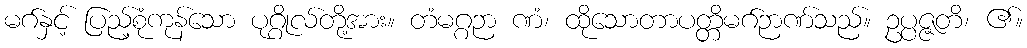
မဂ်နှင့် ပြည့်စုံကုန်သော ပုဂ္ဂိုလ်တို့အား။ တံမဂ္ဂဉာ ဏံ၊ ထိုသောတာပတ္တိမဂ်ဉာဏ်သည်။ ဥပ္ပဇ္ဇတိ၊ ၏။